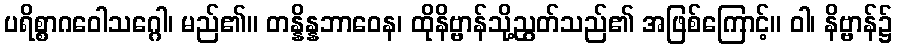
ပရိစ္စာဂဝေါသဂ္ဂေါ၊ မည်၏။ တန္နိန္နဘာဝေန၊ ထိုနိဗ္ဗာန်သို့ညွတ်သည်၏ အဖြစ်ကြောင့်။ ဝါ၊ နိဗ္ဗာန်၌